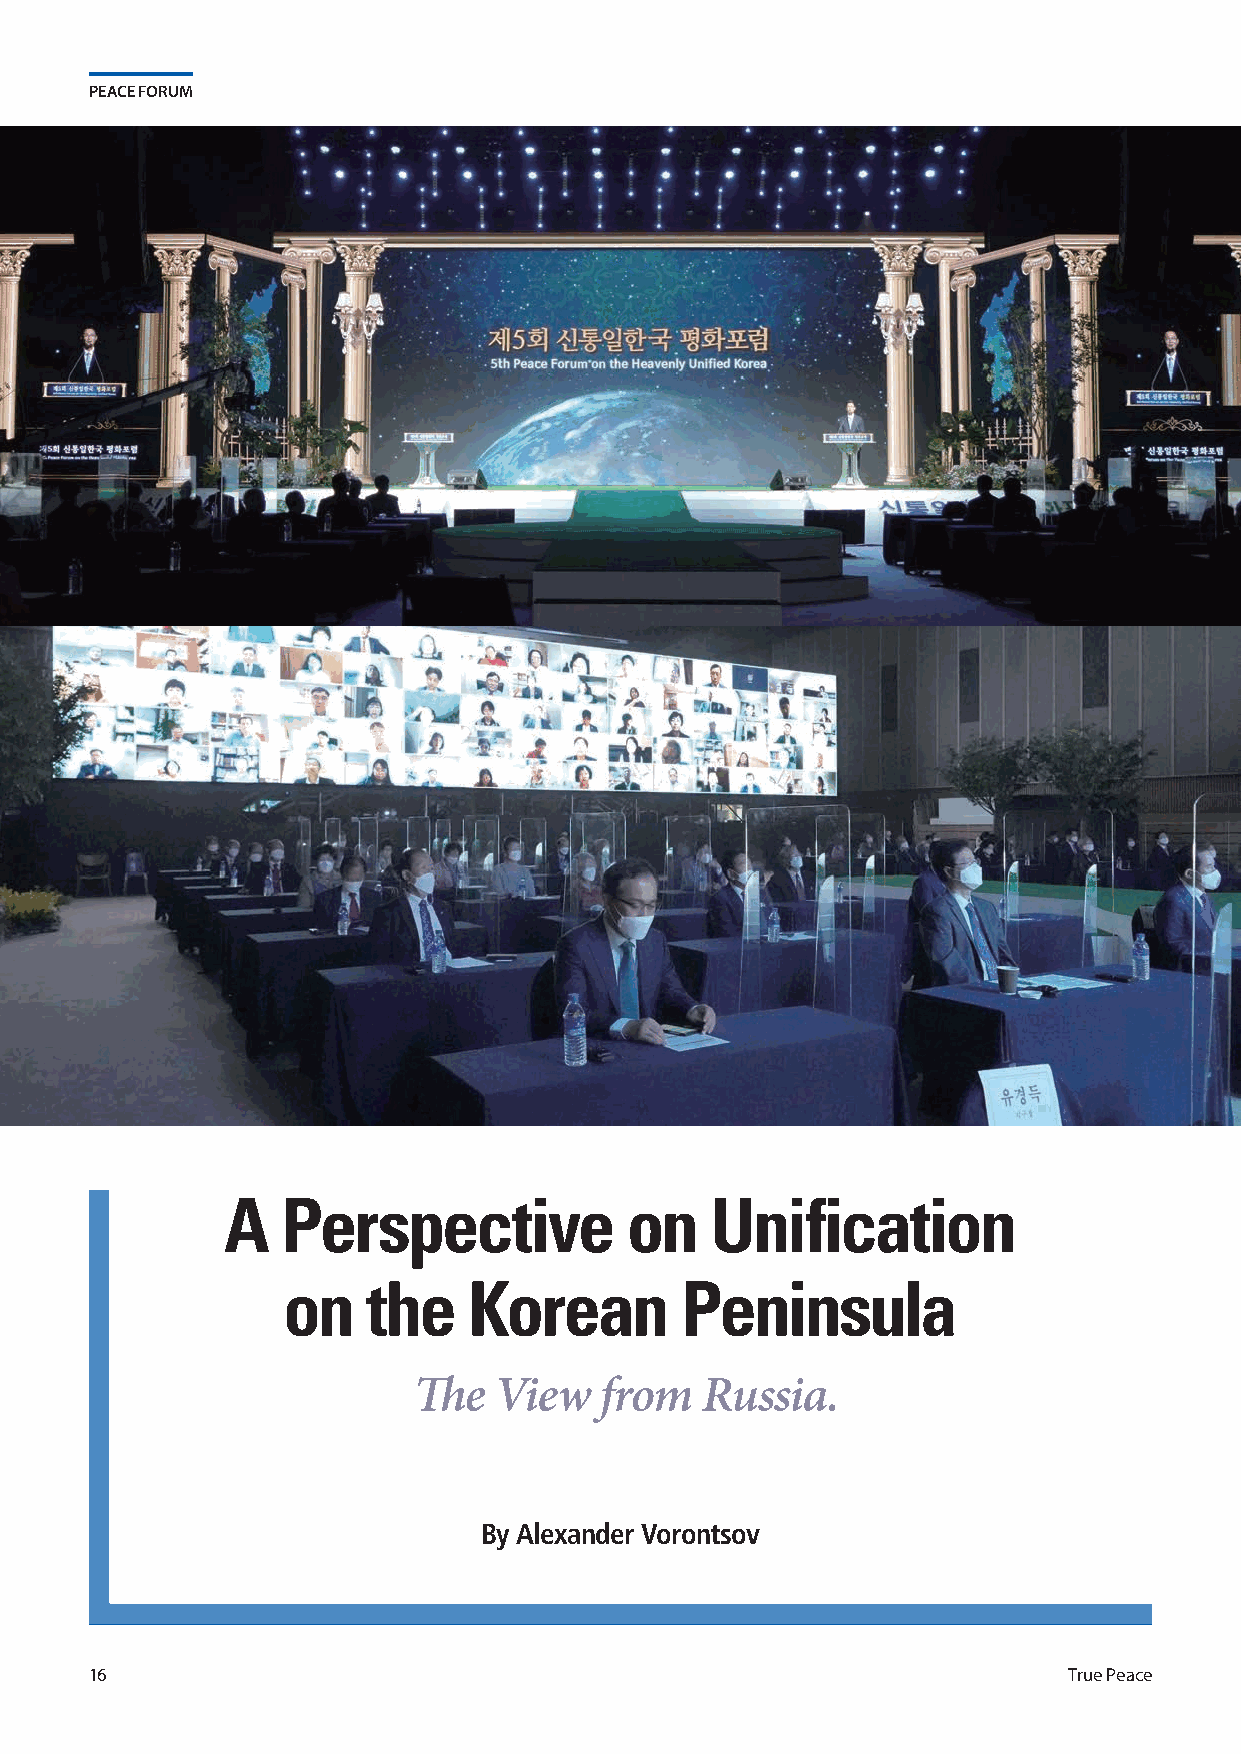
PEACE FORUM
 A   Perspective           on    Unification
 on   the    Korean        Peninsula
 The   View   from  Russia.
 By Alexander Vorontsov
 16                                                               True Peace